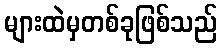
များထဲမှတစ်ခုဖြစ်သည်